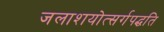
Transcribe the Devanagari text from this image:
जलाशयोत्सर्गपद्धति